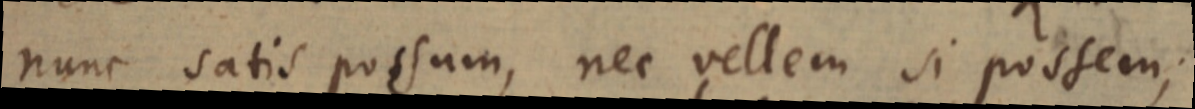
nunc satis possum, nec vellem si possem;